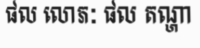
ផល លោភៈ ផល តណ្ហា